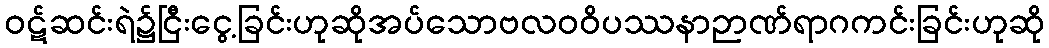
ဝဋ်ဆင်းရဲ၌ငြီးငွေ့ခြင်းဟုဆိုအပ်သောဗလဝဝိပဿနာဉာဏ်ရာဂကင်းခြင်းဟုဆို